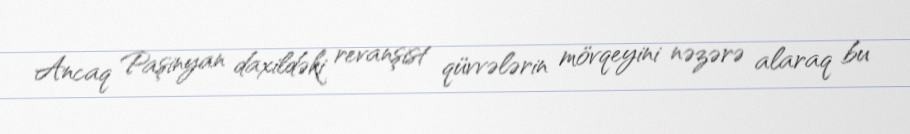
Ancaq Paşinyan daxildəki revanşist qüvvələrin mövqeyini nəzərə alaraq bu